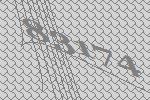
83174